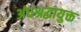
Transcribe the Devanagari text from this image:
अंधश्रद्धायुक्त